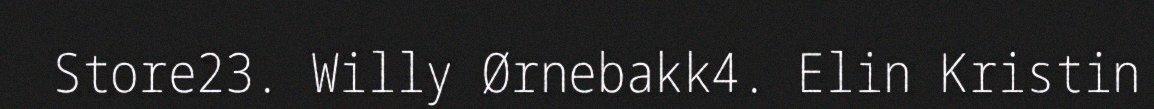
Store23. Willy Ørnebakk4. Elin Kristin